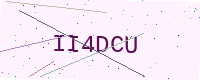
Text: II4DCU